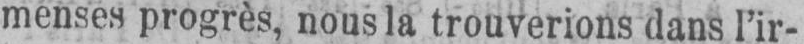
menses progrès, nous la trouverions dans l’ir-